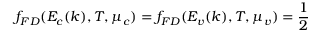
f _ { F D } ( E _ { c } ( k ) , T , \mu _ { c } ) = f _ { F D } ( E _ { v } ( k ) , T , \mu _ { v } ) = \frac { 1 } { 2 }